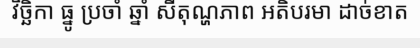
វិច្ឆិកា ធ្នូ ប្រចាំ ឆ្នាំ សីតុណ្ហភាព អតិបរមា ដាច់ខាត